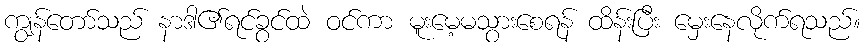
ကျွန်တော်သည် နာဒါ၏ရင်ခွင်ထဲ ဝင်ကာ မူးမေ့မသွားစေရန် ထိန်းပြီး မှေးနေလိုက်ရသည်။